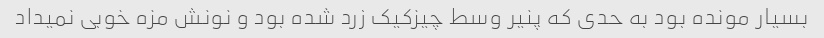
بسیار مونده بود به حدی که پنیر وسط چیزکیک زرد شده بود و نونش مزه خوبی نمیداد